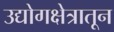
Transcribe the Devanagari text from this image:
उद्योगक्षेत्रातून